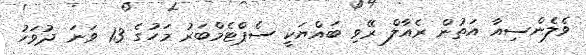
ވެލެންސިއާ އަތުން ރެއާލް ރޭވި ބައްޔަކީ ސެޕްޓެމްބަރު މަހުގެ 13 ވަނަ ދުވަހު